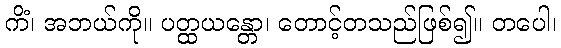
ကိံ၊ အဘယ်ကို။ ပတ္ထယန္တော၊ တောင့်တသည်ဖြစ်၍။ တပေါ၊